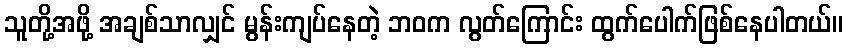
သူတို့အဖို့ အချစ်သာလျှင် မွန်းကျပ်နေတဲ့ ဘဝက လွတ်ကြောင်း ထွက်ပေါက်ဖြစ်နေပါတယ်။